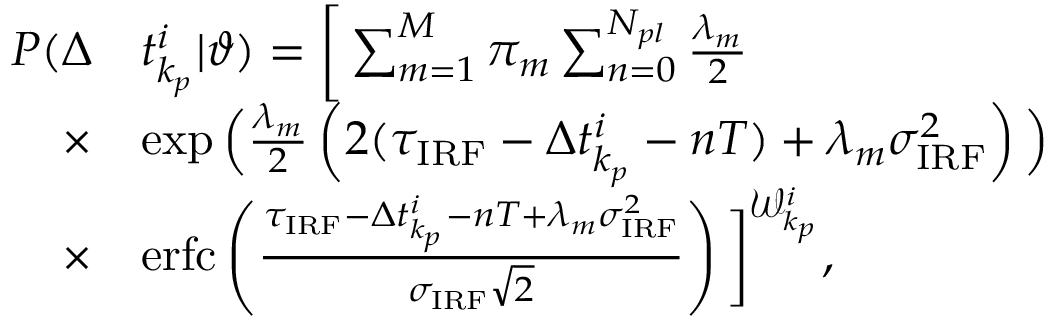
\begin{array} { r l } { P ( \Delta } & { t _ { k _ { p } } ^ { i } | \vartheta ) = \bigg [ \sum _ { m = 1 } ^ { M } \pi _ { m } \sum _ { n = 0 } ^ { N _ { p l } } \frac { \lambda _ { m } } { 2 } } \\ { \times } & { \exp \Big ( \frac { \lambda _ { m } } { 2 } \left( 2 ( \tau _ { \mathrm { I R F } } - \Delta t _ { k _ { p } } ^ { i } - n T ) + \lambda _ { m } \sigma _ { \mathrm { I R F } } ^ { 2 } \right) \Big ) } \\ { \times } & { \mathrm { e r f c } \left( \frac { \tau _ { \mathrm { I R F } } - \Delta t _ { k _ { p } } ^ { i } - n T + \lambda _ { m } \sigma _ { \mathrm { I R F } } ^ { 2 } } { \sigma _ { \mathrm { I R F } } \sqrt { 2 } } \right) \bigg ] ^ { \mathcal { W } _ { k _ { p } } ^ { i } } , } \end{array}